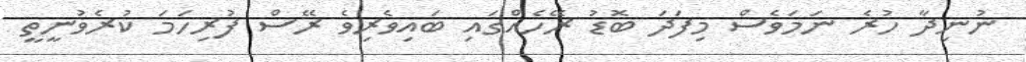
ނުނިދާ ހުރެ ނަމަވެސް މިފަދަ ބޮޑު ރޭހެއްގައި ބައިވެރިވެ ރޭސް ފުރިހަމަ ކުރެވުނީތީ